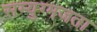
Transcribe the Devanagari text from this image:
सम्युग्मजता